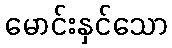
မောင်းနှင်သော